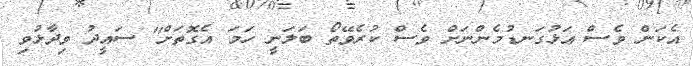
އެކަން ވެސް އަޅުގަނޑުމެންނަށް ވެސް ކުރެވޭތޯ ބަލަނީ ހަމަ އެގޮތަށް'' ސައީދު ވިދާޅުވި